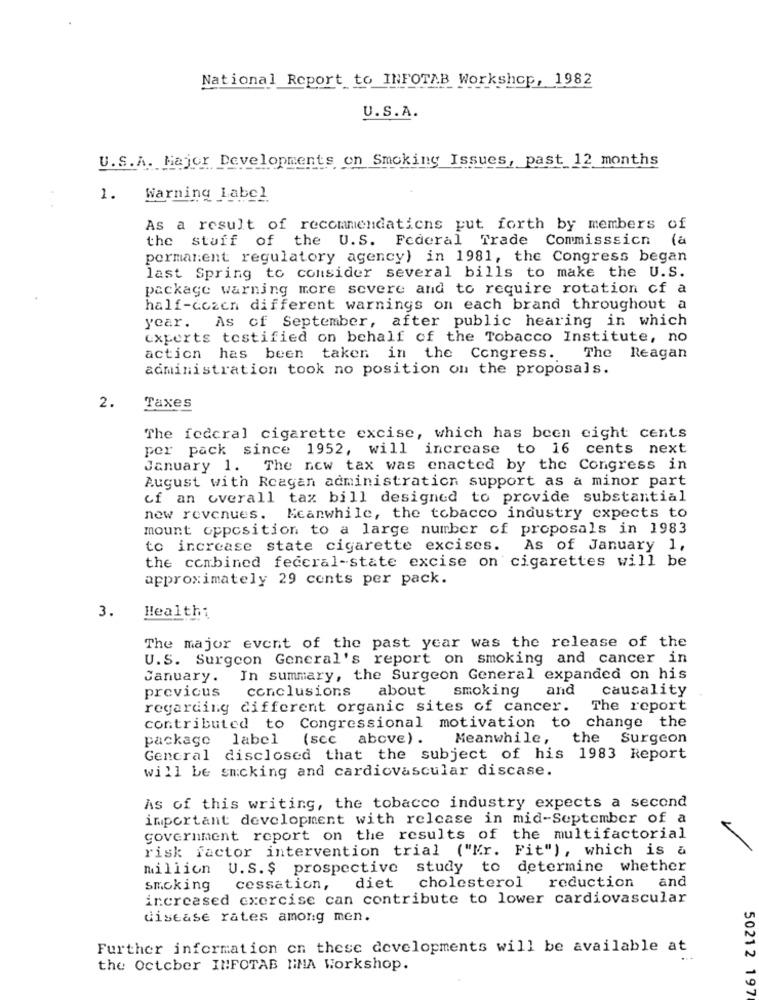
National Report to INFOTAB Workshop, 1982
U.S.A.
U.S.A. Major Developments on Smoking Issues, past 12 months
1.
Warning Label
As a result of recommendations put forth by members of
the staff of the U.S. Federal Trade Commisssicn
(a
permanent regulatory agency) in 1981, the Congress began
last Spring to consider several bills to make the U.S.
package warning more severe and to require rotation of a
half-dozen different warnings on each brand throughout a
year. As of September, after public hearing in which
experts testified on behalf of the Tobacco Institute, no
action has been taken in the Congress.
The Reagan
administration took no position on the proposals.
Taxes
2.
The federal cigarette excise, which has been eight cents
per pack since 1952, will increase to 16 cents next
January 1.
The new tax was enacted by the Congress in
August with Rcagan administration support as a minor part
of an overall tax bill designed to provide substantial
new revenues. Meanwhile, the tobacco industry expects to
mount opposition to a large number of proposals in 1983
to increase state cigarette excises. As of January 1,
the combined federal-state excise on cigarettes will be
approximately 29 cents per pack.
3.
Healthi
The major event of the past year was the release of the
U.S. Surgeon General's report on smoking and cancer in
January. In summary, the Surgeon General expanded on his
previous
conclusions
about smoking
and
Causality
regarding different organic sites of cancer.
The report
contributed to Congressional motivation to change the
package label (see above) .
Meanwhile,
the
Surgeon
General disclosed that the subject of his 1983 Report
will be smcking and cardiovascular discase.
As of this writing, the tobacco industry expects a second
important development with release in mid-September of a
government report on the results of the multifactorial
risk factor intervention trial ("Mr. Fit"), which is a
million U.S.$ prospective
study to determine whether
and
smoking
cessation,
diet
cholesterol
reduction
increased exercise can contribute to lower cardiovascular
disease rates among men.
Further information on these developments will be available at
the October INFOTAB NMA Workshop.
50212 197